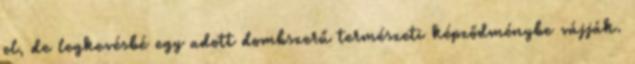
el, de legkevésbé egy adott dombszerű természeti képződménybe vájják.